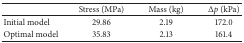
<table><thead><tr><td><b> </b></td><td><b>Stress (MPa)</b></td><td><b>Mass (kg)</b></td><td><b>Δ<i>p</i> (kPa)</b></td></tr></thead><tbody><tr><td>Initial model</td><td>29.86</td><td>2.19</td><td>172.0</td></tr><tr><td>Optimal model</td><td>35.83</td><td>2.13</td><td>161.4</td></tr></tbody></table>